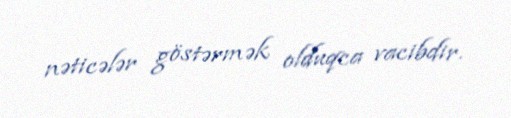
nəticələr göstərmək olduqca vacibdir.